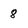
Character: 8